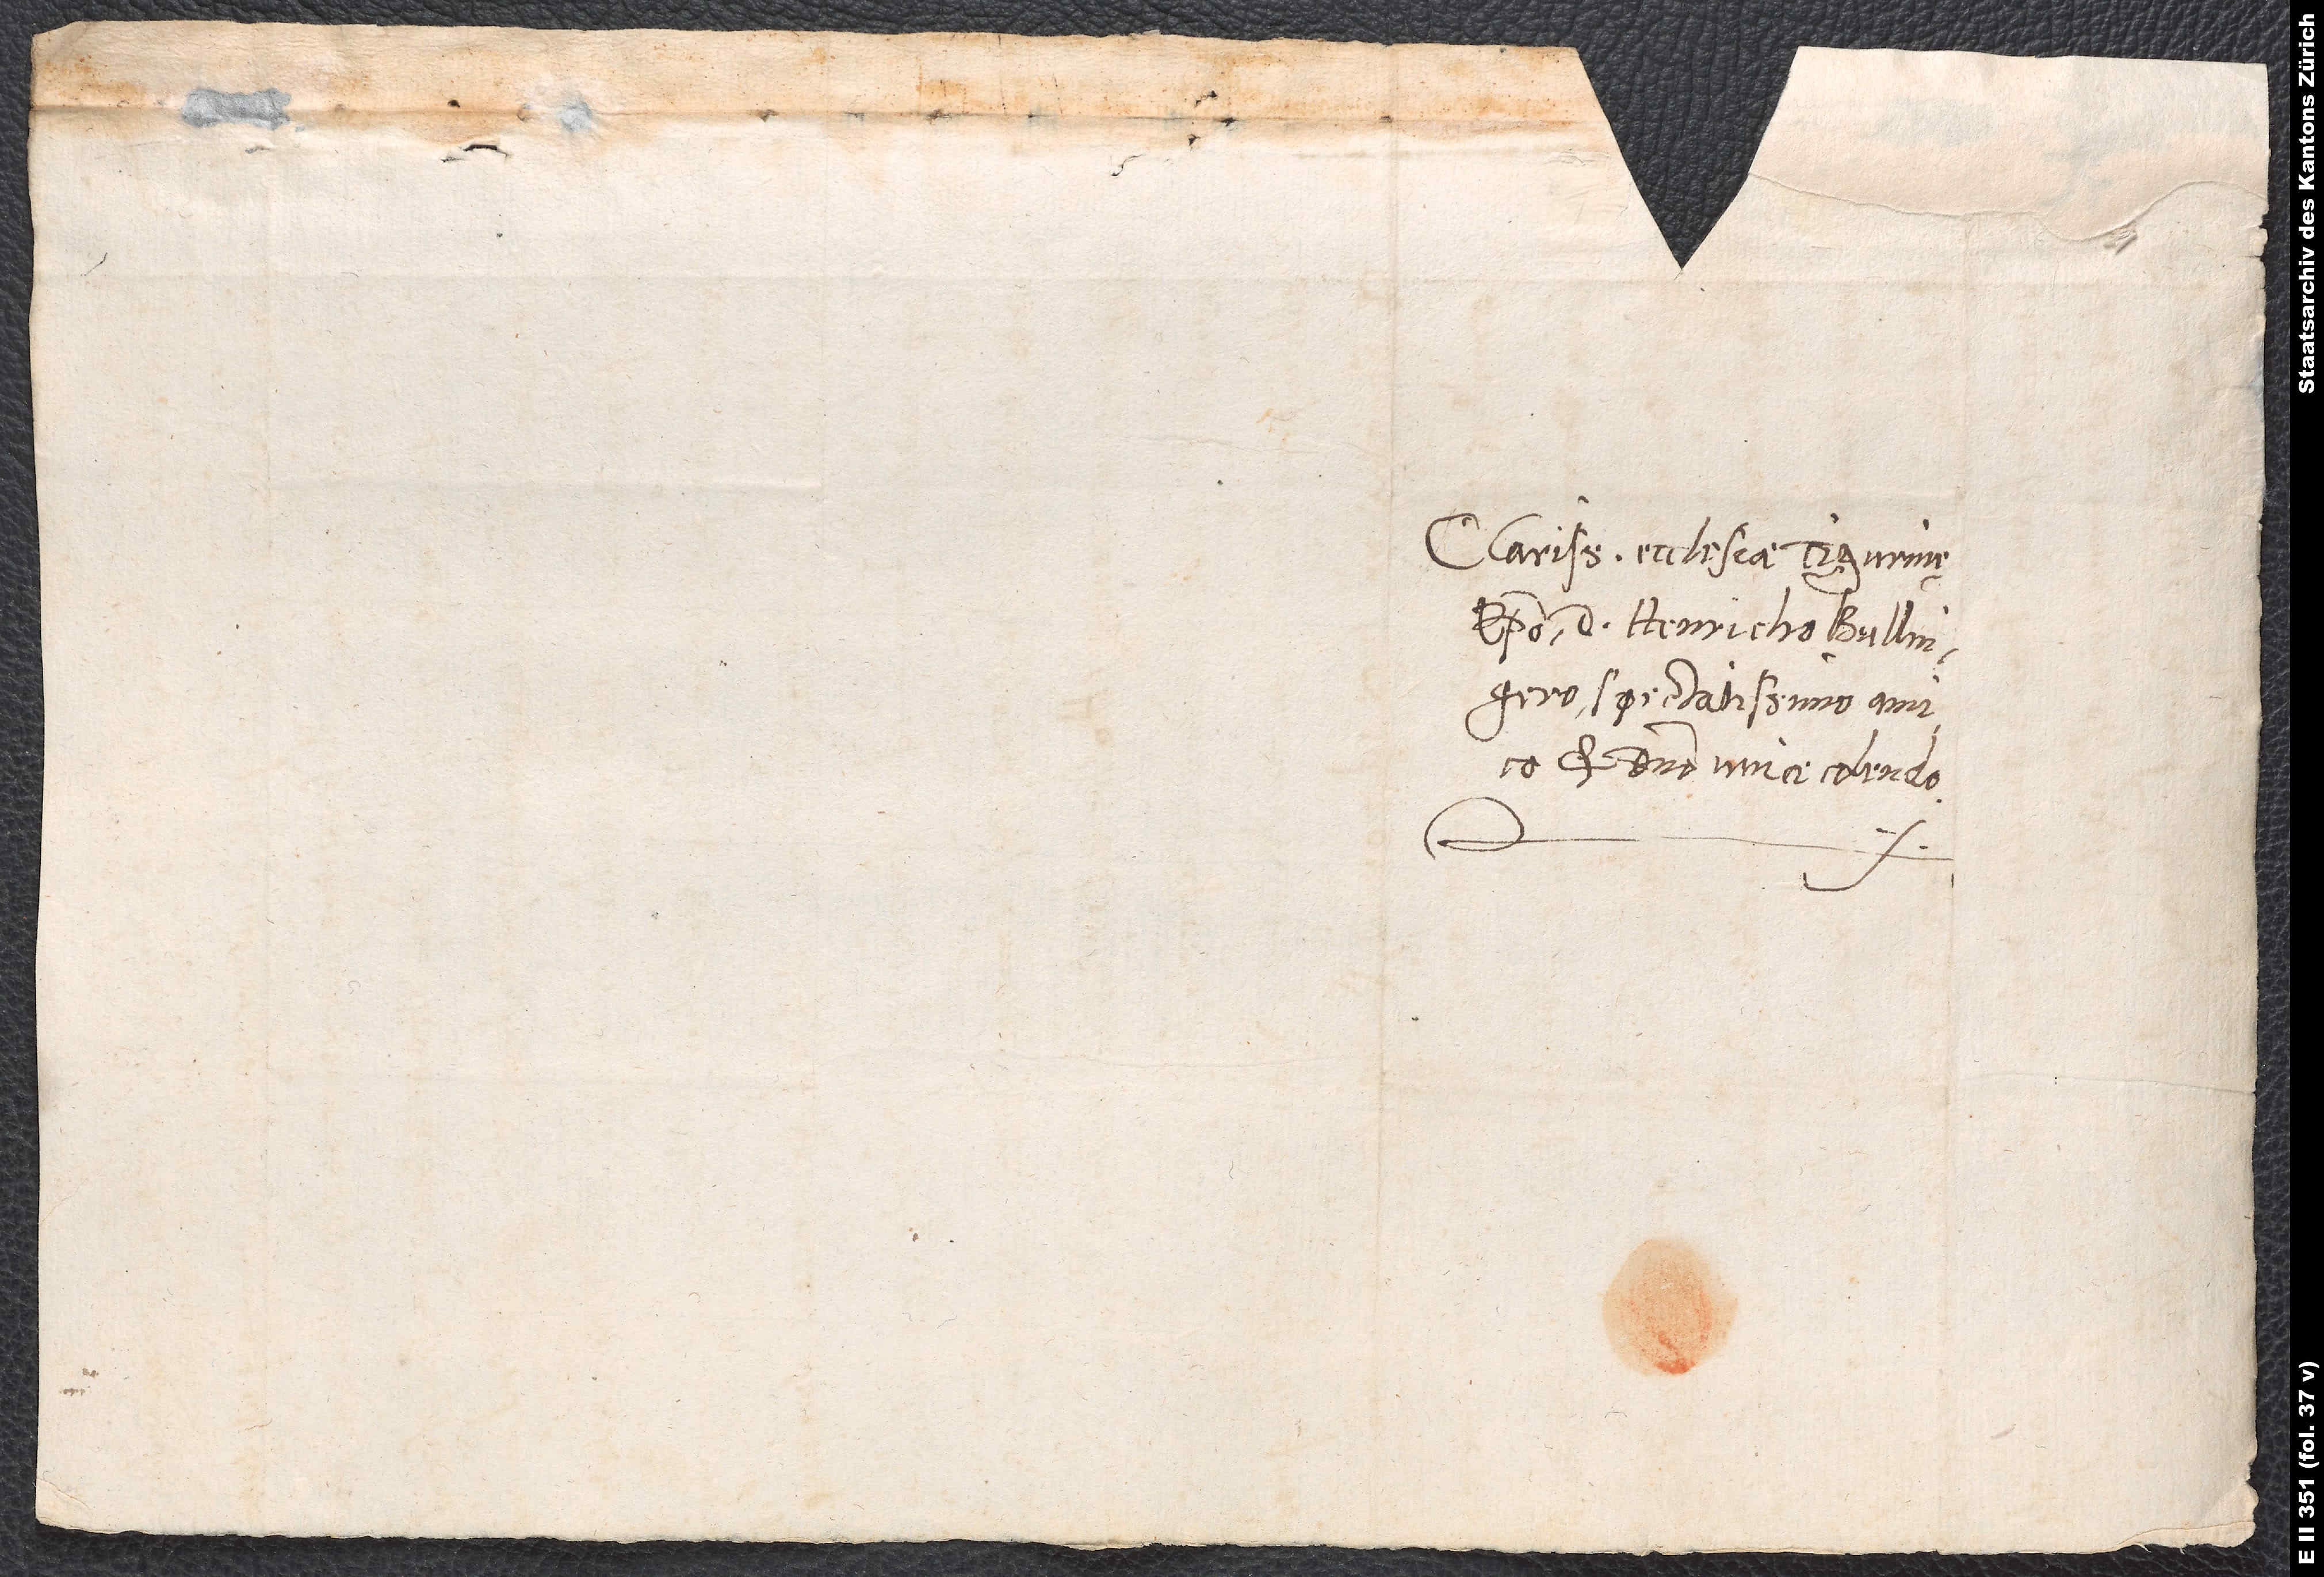
Clarissimae ecclesiae Tigurinae
episcopo D. Henricho Bullingero,
spectatissimo amico
et domino unice colendo.
S.